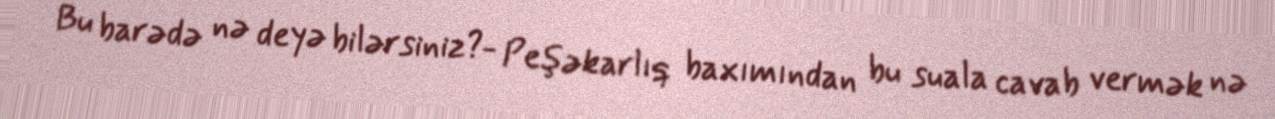
Bu barədə nə deyə bilərsiniz?- Peşəkarlıq baxımından bu suala cavab vermək nə